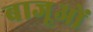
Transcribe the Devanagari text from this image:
बाजूओं